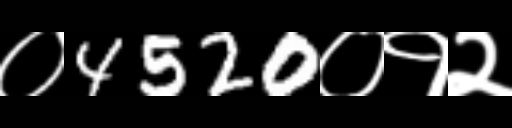
Text: ०4520०१२